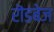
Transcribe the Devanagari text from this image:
रॊडबेज